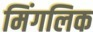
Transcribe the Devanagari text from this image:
मिंगलिक